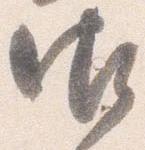
御